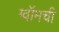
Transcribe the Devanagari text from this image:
ग्वॉमची